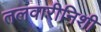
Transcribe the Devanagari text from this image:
तलवारीनिशी